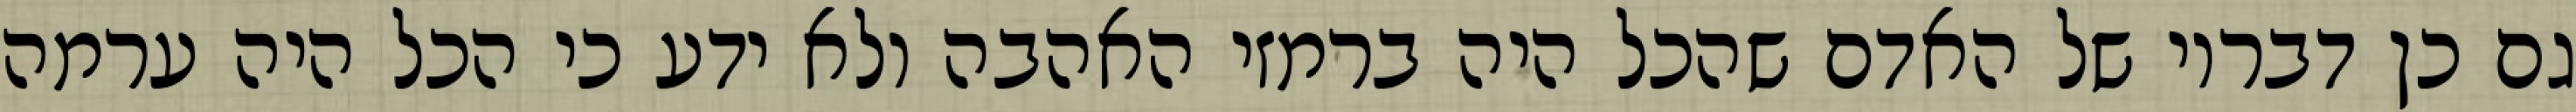
גם כן דבריו של האדם שהכל היה ברמזי האהבה ולא ידע כי הכל היה ערמה